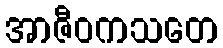
အာဇီဝကသတေ